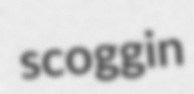
scoggin